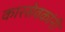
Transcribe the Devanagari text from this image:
कारसेवकांनी